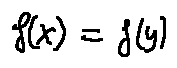
f ( x ) = f ( y )